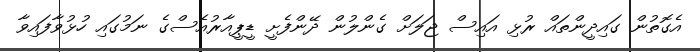
އެގޮތުން ގައިދީންތައް ރުޅި އައިސް ޖަލަށް ގެންލުން ދޭންފެށީ ޑީޕީއާރުއެސްގެ ނަމުގައި ހުޅުވާފައިވާ